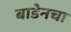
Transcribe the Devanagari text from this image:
बाडेनचा